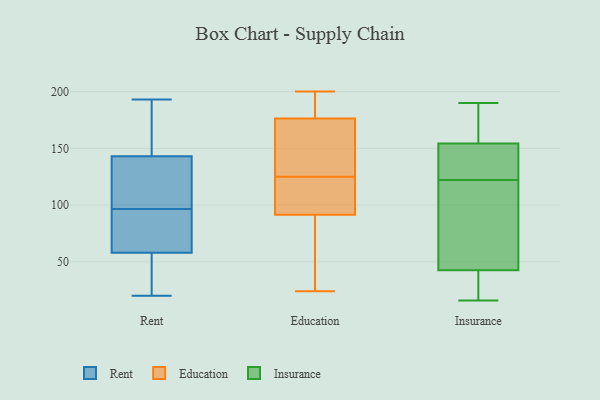
{"axis": {"x": "Inventory Turnover", "y": "Value"}, "legend": ["Education", "Insurance", "Rent"], "data": [{"x": "", "y": 143, "type": "Rent"}, {"x": "", "y": 61, "type": "Rent"}, {"x": "", "y": 166, "type": "Rent"}, {"x": "", "y": 113, "type": "Rent"}, {"x": "", "y": 58, "type": "Rent"}, {"x": "", "y": 80, "type": "Rent"}, {"x": "", "y": 43, "type": "Rent"}, {"x": "", "y": 30, "type": "Rent"}, {"x": "", "y": 93, "type": "Rent"}, {"x": "", "y": 126, "type": "Rent"}, {"x": "", "y": 146, "type": "Rent"}, {"x": "", "y": 129, "type": "Rent"}, {"x": "", "y": 193, "type": "Rent"}, {"x": "", "y": 80, "type": "Rent"}, {"x": "", "y": 100, "type": "Rent"}, {"x": "", "y": 20, "type": "Rent"}, {"x": "", "y": 148, "type": "Rent"}, {"x": "", "y": 55, "type": "Rent"}, {"x": "", "y": 104, "type": "Education"}, {"x": "", "y": 198, "type": "Education"}, {"x": "", "y": 24, "type": "Education"}, {"x": "", "y": 144, "type": "Education"}, {"x": "", "y": 200, "type": "Education"}, {"x": "", "y": 104, "type": "Education"}, {"x": "", "y": 190, "type": "Education"}, {"x": "", "y": 187, "type": "Education"}, {"x": "", "y": 135, "type": "Education"}, {"x": "", "y": 96, "type": "Education"}, {"x": "", "y": 90, "type": "Education"}, {"x": "", "y": 79, "type": "Education"}, {"x": "", "y": 138, "type": "Education"}, {"x": "", "y": 89, "type": "Education"}, {"x": "", "y": 125, "type": "Education"}, {"x": "", "y": 115, "type": "Insurance"}, {"x": "", "y": 29, "type": "Insurance"}, {"x": "", "y": 123, "type": "Insurance"}, {"x": "", "y": 190, "type": "Insurance"}, {"x": "", "y": 160, "type": "Insurance"}, {"x": "", "y": 16, "type": "Insurance"}, {"x": "", "y": 30, "type": "Insurance"}, {"x": "", "y": 138, "type": "Insurance"}, {"x": "", "y": 36, "type": "Insurance"}, {"x": "", "y": 122, "type": "Insurance"}, {"x": "", "y": 156, "type": "Insurance"}, {"x": "", "y": 76, "type": "Insurance"}, {"x": "", "y": 136, "type": "Insurance"}, {"x": "", "y": 47, "type": "Insurance"}, {"x": "", "y": 119, "type": "Insurance"}, {"x": "", "y": 163, "type": "Insurance"}, {"x": "", "y": 149, "type": "Insurance"}, {"x": "", "y": 181, "type": "Insurance"}, {"x": "", "y": 41, "type": "Insurance"}]}